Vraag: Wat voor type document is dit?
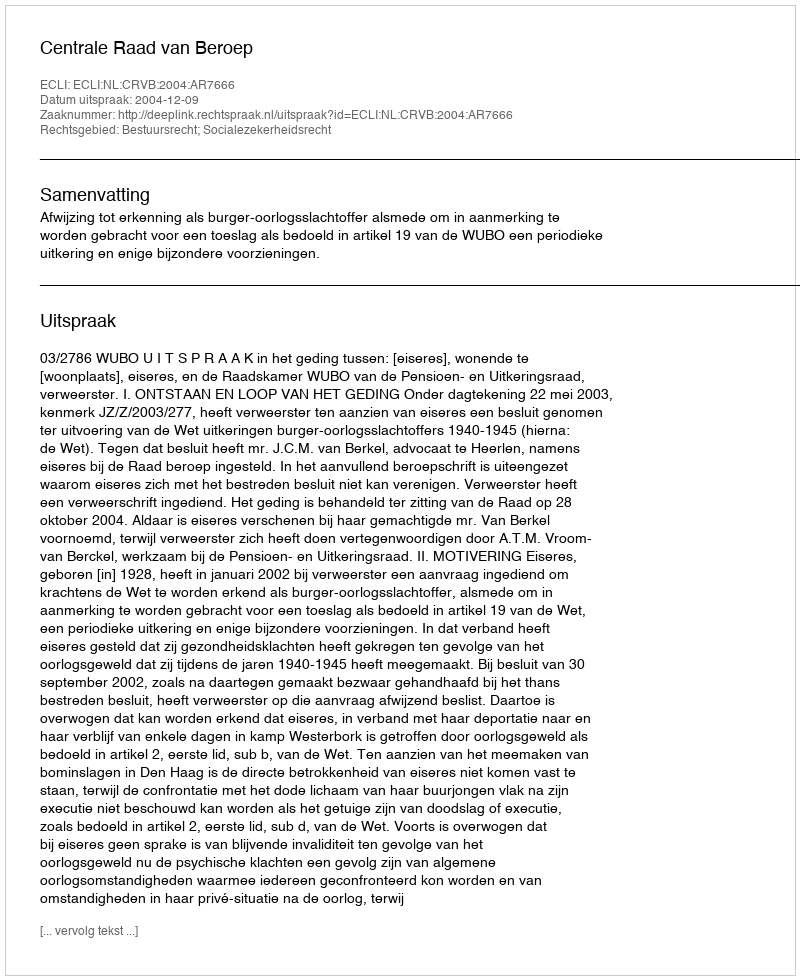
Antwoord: Uitspraak